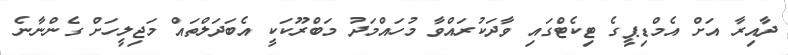
ދާއިރާ އަށް އެމްޑިޕީގެ ޓިކެޓްގައި ވާދަކުރައްވާ މުހައްމަދު މަބްރޫކަކީ އެބަދަލްތައް މަޖިލީހަށް ގެންނާނެ